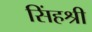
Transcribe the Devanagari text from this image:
सिंहश्री